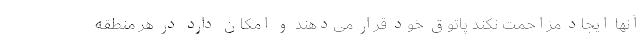
آنها ایجاد مزاحمت نکند پاتوق خود قرار می‌دهند و امکان دارد در هر منطقه